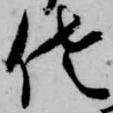
佐